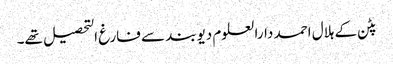
پٹن کے ہلال احمد دارالعلوم دیوبند سے فارغ التحصیل تھے۔